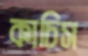
কাচিস